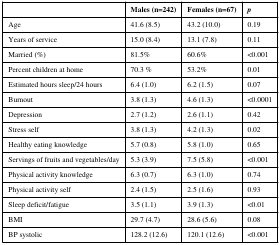
|  | Males (n=242) | Females (n=67) | p |
 | --- | --- | --- | --- |
 | Age | 41.6 (8.5) | 43.2 (10.0) | 0.19 |
 | Years of service | 15.0 (8.4) | 13.1 (7.8) | 0.11 |
 | Married (%) | 81.5% | 60.6% | <0.001 |
 | Percent children at home | 70.3 % | 53.2% | 0.01 |
 | Estimated hours sleep/24 hours | 6.4 (1.0) | 6.2 (1.5) | 0.07 |
 | Burnout | 3.8 (1.3) | 4.6 (1.3) | <0.0001 |
 | Depression | 2.7 (1.2) | 2.6 (1.1) | 0.42 |
 | Stress self | 3.8 (1.3) | 4.2 (1.3) | 0.02 |
 | Healthy eating knowledge | 5.7 (0.8) | 5.8 (1.0) | 0.65 |
 | Servings of fruits and vegetables/day | 5.3 (3.9) | 7.5 (5.8) | <0.001 |
 | Physical activity knowledge | 6.3 (0.7) | 6.3 (1.0) | 0.74 |
 | Physical activity self | 2.4 (1.5) | 2.5 (1.6) | 0.93 |
 | Sleep deficit/fatigue | 3.5 (1.1) | 3.9 (1.3) | <0.01 |
 | BMI | 29.7 (4.7) | 28.6 (5.6) | 0.08 |
 | BP systolic | 128.2 (12.6) | 120.1 (12.6) | <0.001 |